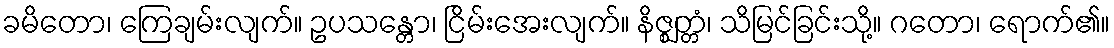
ခမိတော၊ ကြေချမ်းလျက်။ ဥပသန္တော၊ ငြိမ်းအေးလျက်။ နိဇ္ဈတ္တံ၊ သိမြင်ခြင်းသို့။ ဂတော၊ ရောက်၏။